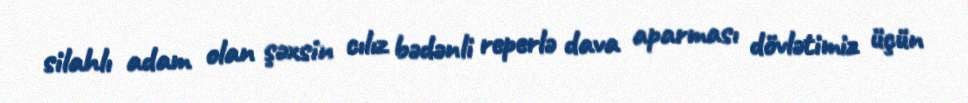
silahlı adam olan şəxsin cılız bədənli reperlə dava aparması dövlətimiz üçün